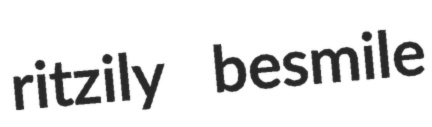
ritzily besmile